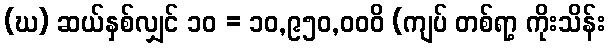
(ဃ) ဆယ်နှစ်လျှင် ၁၀ = ၁၀,၉၅၀,၀၀၀ိ (ကျပ် တစ်ရာ့ ကိုးသိန်း